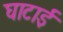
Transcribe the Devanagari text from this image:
घाटाई